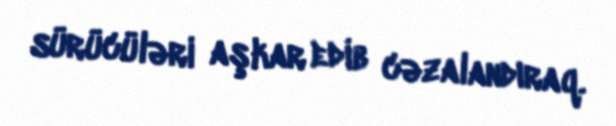
sürücüləri aşkar edib cəzalandıraq.